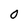
Character: 0